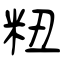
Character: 粈